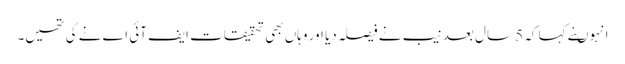
انہوںنے کہا کہ 5 سال بعد نیب نے فیصلہ دیا اور وہاں بھی تحقیقات ایف آئی اے نے کی تھیں۔